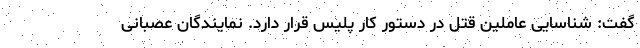
گفت: شناسایی عاملین قتل در دستور کار پلیس قرار دارد. نمایندگان عصبانی